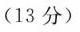
(13分)